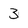
Character: 3